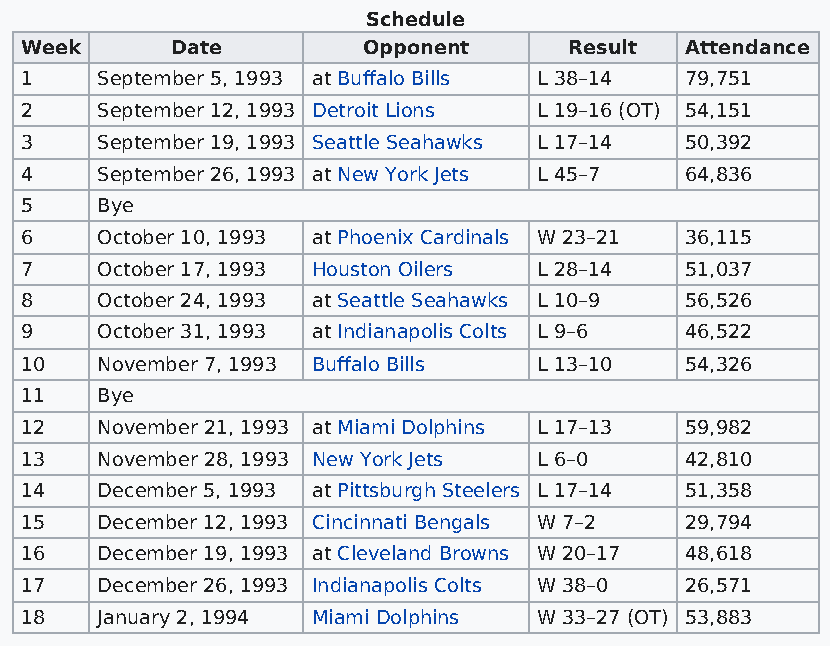
Schedule
 Week      Date         Opponent      Result Attendance
 1    September 5, 1993 at Buffalo Bills L 38–14 79,751
 2    September 12, 1993 Detroit Lions L 19–16 (OT) 54,151
 3    September 19, 1993 Seattle Seahawks L 17–14 50,392
 4    September 26, 1993 at New York Jets L 45–7 64,836
 5    Bye
 6    October 10, 1993 at Phoenix Cardinals W 23–21 36,115
 7    October 17, 1993 Houston Oilers L 28–14 51,037
 8    October 24, 1993 at Seattle Seahawks L 10–9 56,526
 9    October 31, 1993 at Indianapolis Colts L 9–6 46,522
 10   November 7, 1993 Buffalo Bills L 13–10 54,326
 11   Bye
 12   November 21, 1993 at Miami Dolphins L 17–13 59,982
 13   November 28, 1993 New York Jets L 6–0  42,810
 14   December 5, 1993 at Pittsburgh Steelers L 17–14 51,358
 15   December 12, 1993 Cincinnati Bengals W 7–2 29,794
 16   December 19, 1993 at Cleveland Browns W 20–17 48,618
 17   December 26, 1993 Indianapolis Colts W 38–0 26,571
 18   January 2, 1994 Miami Dolphins W 33–27 (OT) 53,883